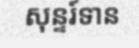
សុន្ទរ៍ទាន